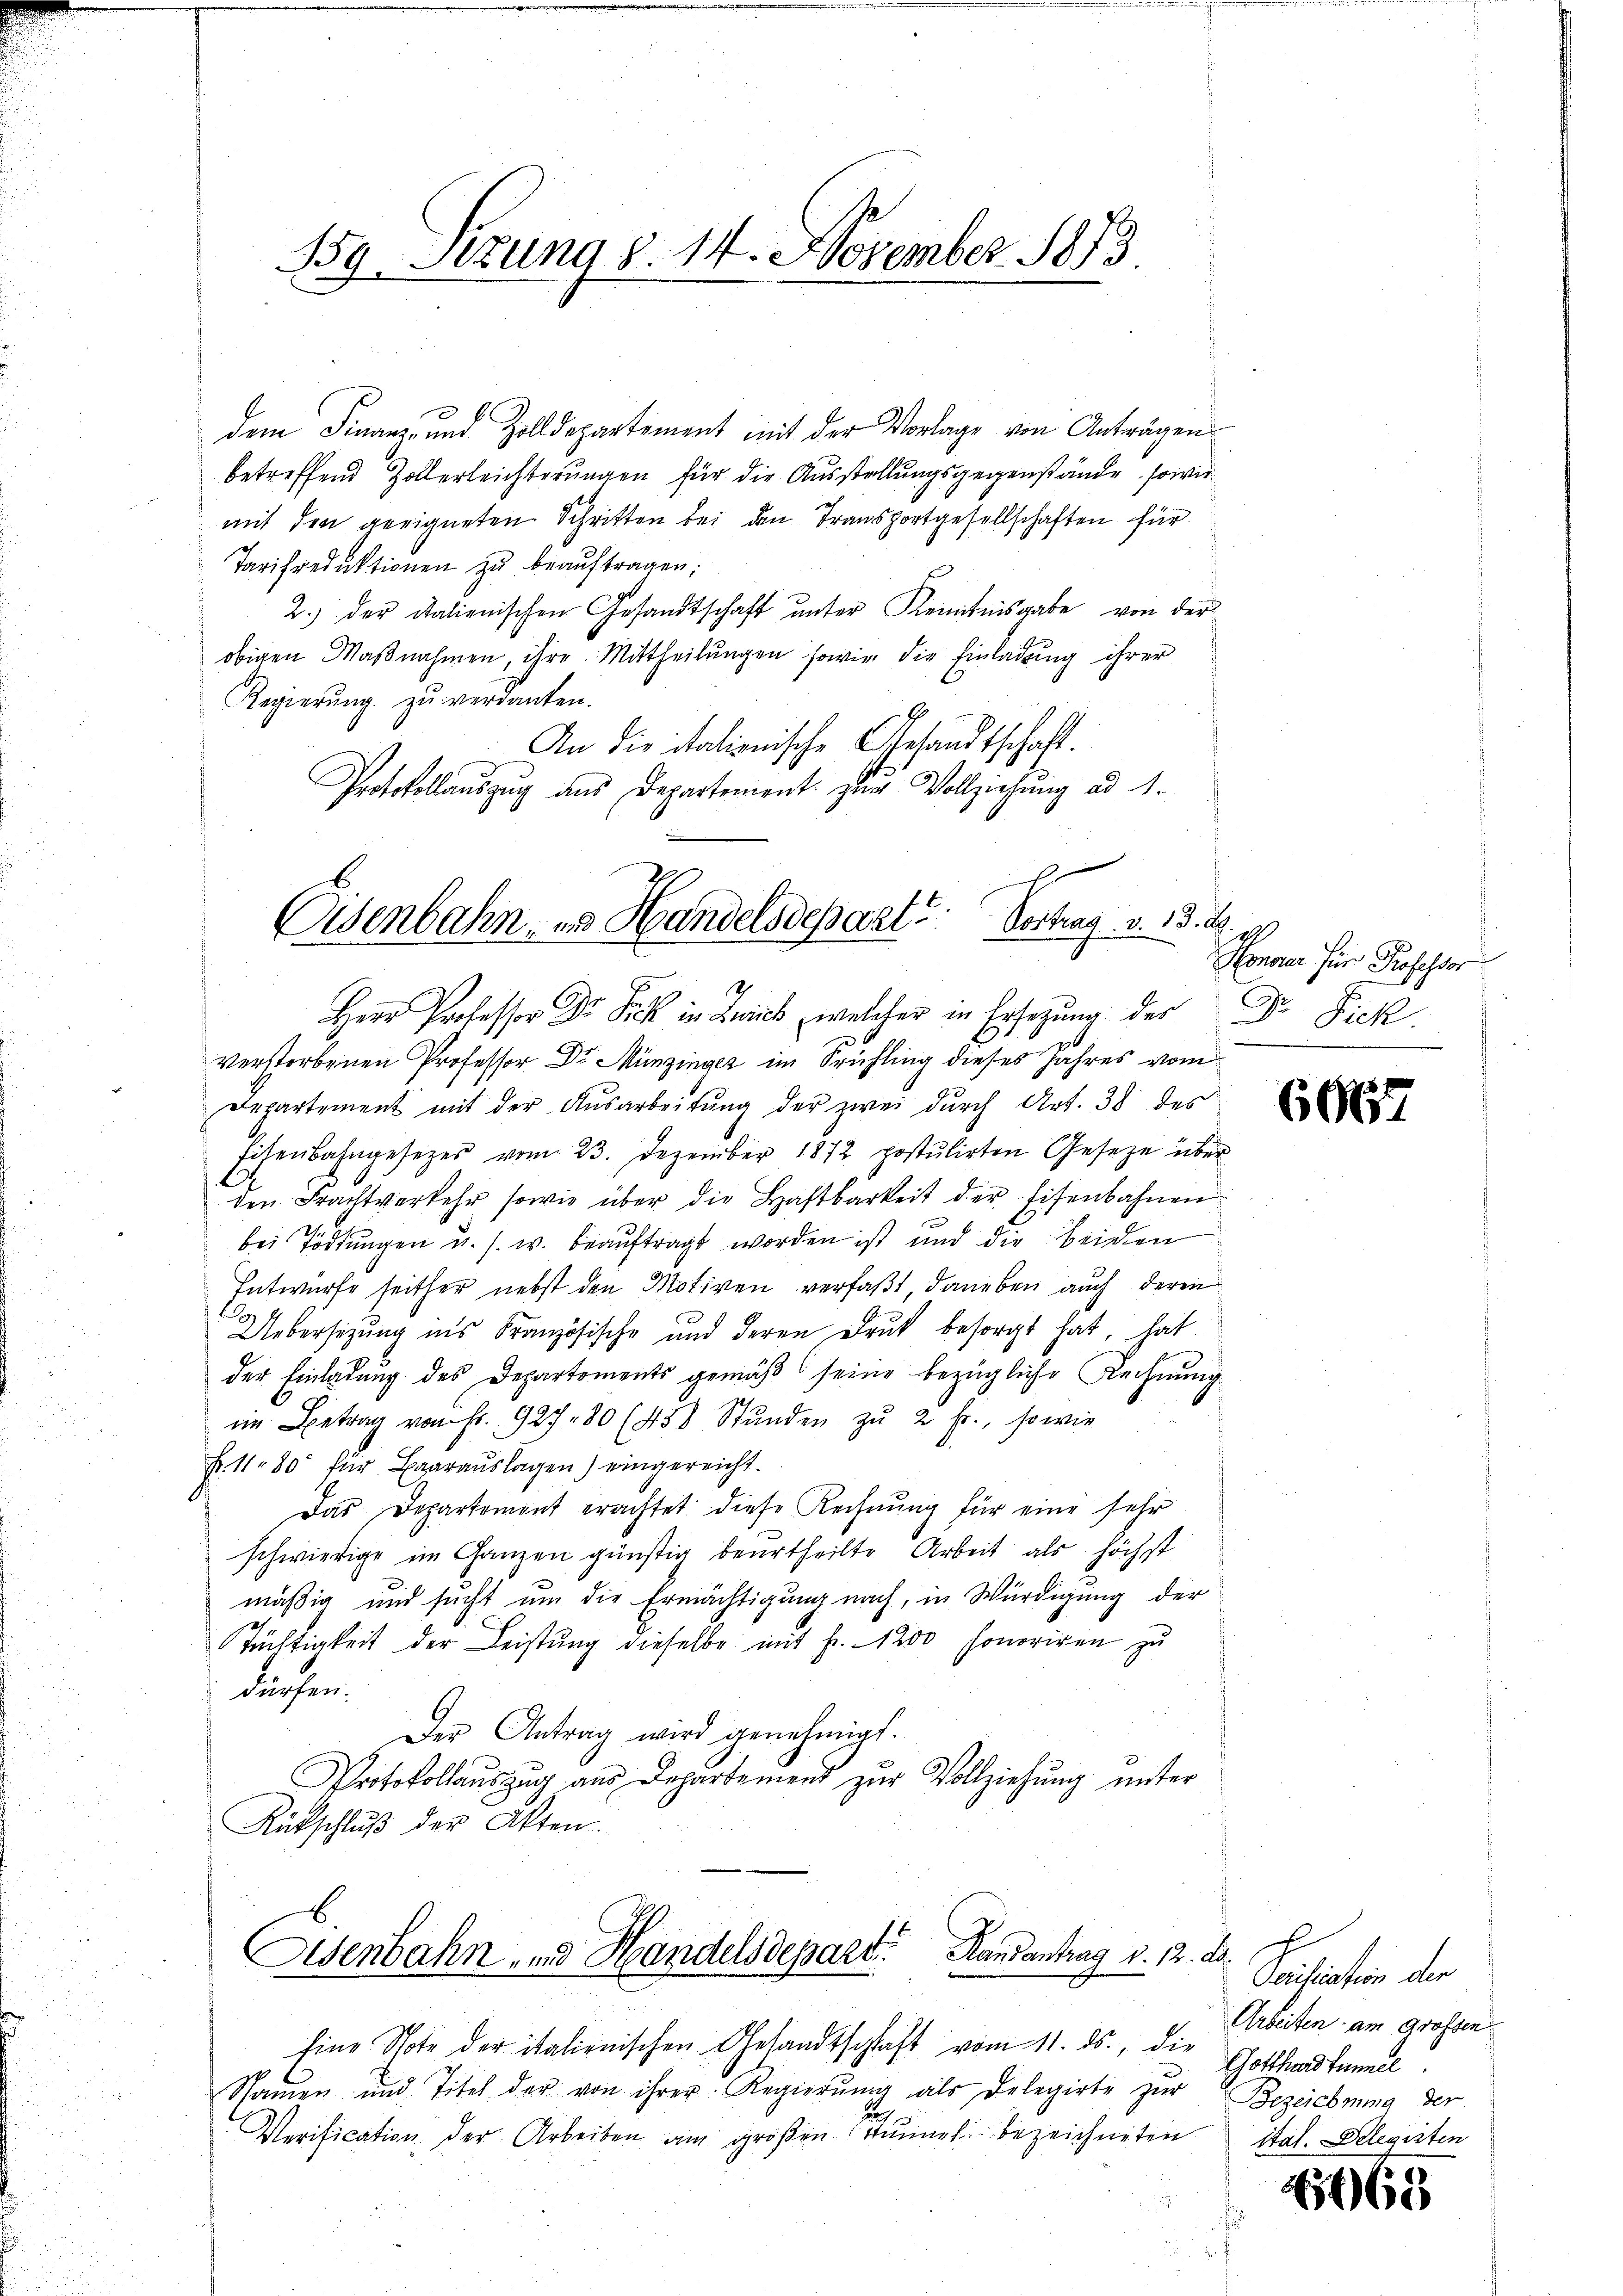
159. Sitzung § 14. November 1873

dem Finanz- und Zolldepartement mit der Vorlage von Anträgen
betreffend Zollerleichterungen für die Ausstellungsgegenstände, sowie
mit den geeigneten Schritten bei den Transportgesellschaften für
Tarifredŭktionen zŭ beaŭftragen;
2.) der italienischen Gesandtschaft ŭnter Kenntnisgabe von der
obigen Maßnahmen, ihre Mittheilungen sowie die Einladung ihrer
Regierŭng zŭ verdanken.
An die Stationische Gesandtschaft.
Protokollaŭszŭg ans Departement zur Vollziehung ad 1.
4
Herr Professor Dr. Fick in Zürich, welcher in Ersetzung des
verstorbenen Professor Dr. Münzinger im Frühling dieses Jahres vom
Departement mit der Ausarbeitung der zwei durch Art. 38 des
Eisenbahngesetzes vom 23. Dezember 1872 postulirten Gesetze über
den Frachtverkehr sowie über die Haftbarkeit der Eisenbahnen
bei Tödtungen u. s. w. beauftragt worden ist und die beiden
Entwurfe seither nebst den Motiven verfaßt daneben auch deren
Uebersezung ins Französische und deren Druk besorgt hat, hat.
der Einladung des Departements gemäß seine bezügliche Rechnung
im Betrag von Fr. 927 - 80 (458 Stŭnden zŭ 2 fr., so wie
Fr. 11. 80 für Baarauslagen) eingereicht.
Das Departement erachtet diese Rechnung für eine sehr
schwierige im Ganzen günstig beurtheilte Arbeit als höchst
mäßig und sucht um die Ermächtigung nach, in Würdigung der
Tüchtigkeit der Leistung dieselbe mit Fr. 1200 Honoriren zu
dürfen.
Der Antrag wird genehmigt.
Protokollauszug aus Departement zur Vollziehung unter
Rückschlŭβ der Akten.

f
Osenbahn, es Handelsdepart? Vortrag v. 13. ds.

Osenbahn- und Handelsdepart. Kausantrag v. 12. ds.

Eine Note der italienischen Gesandtschlaft vom 11. ds., die
Spaṁen und Titel der von ihrer Regierŭng als Delegirte zŭr
a
Werification der Arbeiten am großen Stimmel bezeichneten

A
Honorar für Professor
E
A
Fick

606

Siliation der
Arbeiten am Grossen
Gotthardtunnel
Bezeichnung der
itat. Delegisten

1465